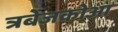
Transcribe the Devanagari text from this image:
त्रबेजकोआ